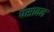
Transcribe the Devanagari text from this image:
पसावन